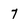
Character: 7